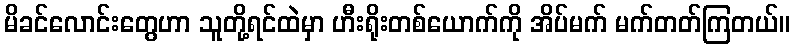
မိခင်လောင်းတွေဟာ သူတို့ရင်ထဲမှာ ဟီးရိုးတစ်ယောက်ကို အိပ်မက် မက်တတ်ကြတယ်။